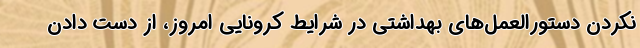
نکردن دستورالعمل‌های بهداشتی در شرایط کرونایی امروز، از دست دادن